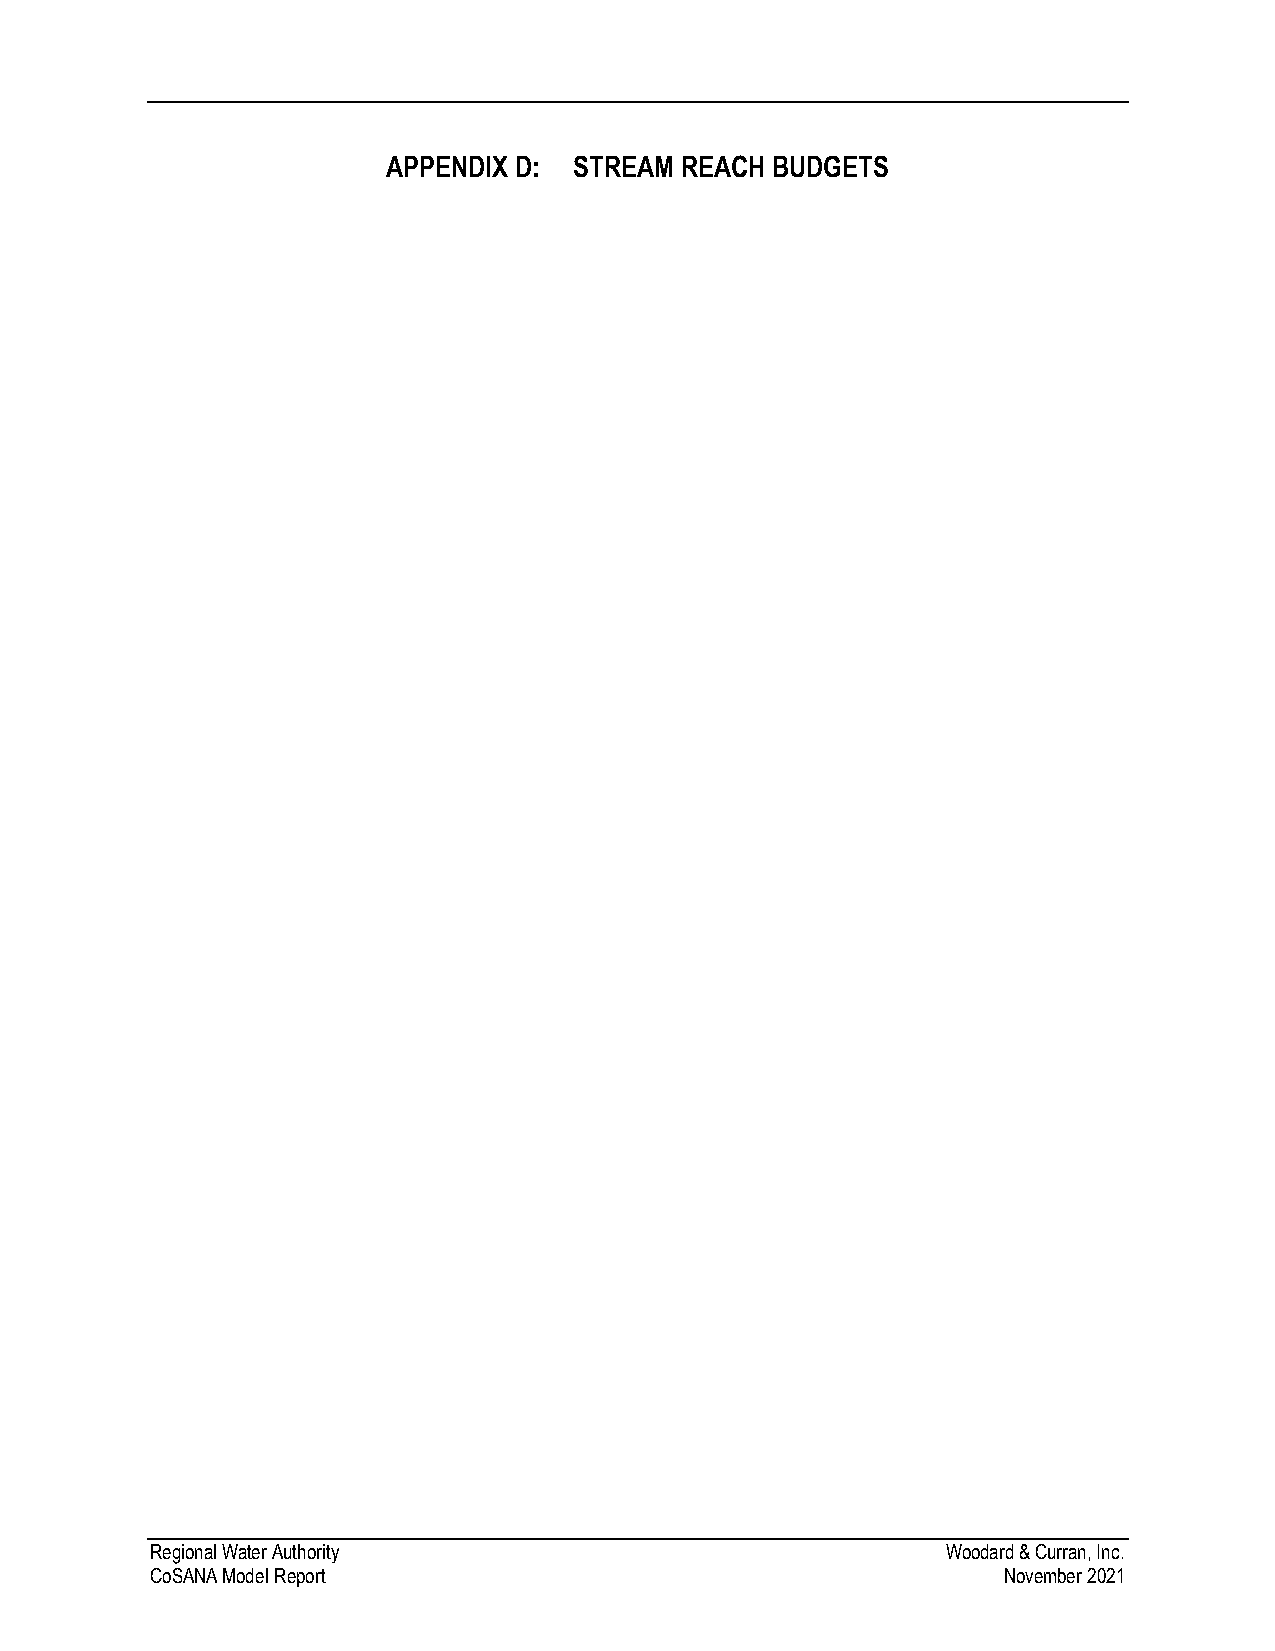
APPENDIX D: STREAM REACH BUDGETS
 Regional Water Authority                             Woodard & Curran, Inc.
 CoSANA Model Report                                     November 2021